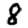
Digit: 8